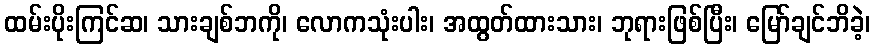
ထမ်းပိုးကြင်ဆ၊ သားချစ်ဘကို၊ လောကသုံးပါး၊ အထွတ်ထားသား၊ ဘုရားဖြစ်ပြီး၊ မြော်ချင်ဘိခဲ့၊